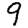
Digit: 9